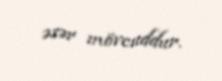
əsər mövcuddur.